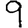
Digit: 9